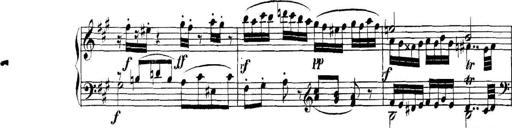
Title: Collected Piano Sonatas
Composer: Muzio Clementi